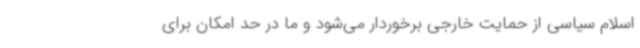
اسلام سیاسی از حمایت خارجی برخوردار می‌شود و ما در حد امکان برای